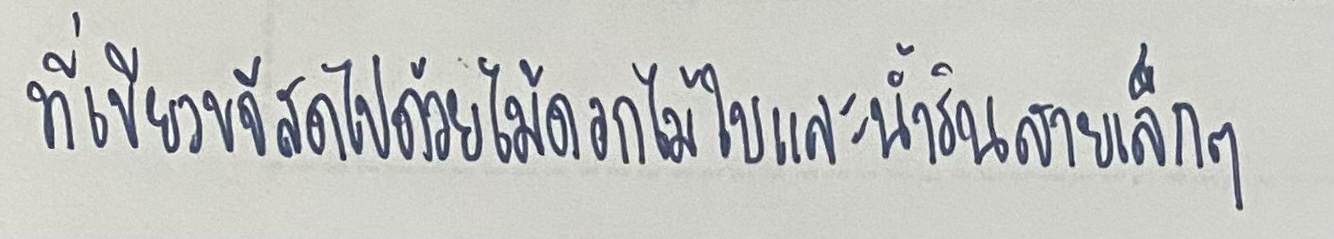
ที่เขียวขจีสดไปด้วยไม้ดอกไม้ใบและน้ำรินสายเล็กๆ